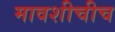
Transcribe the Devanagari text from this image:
मावशीचीच